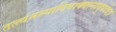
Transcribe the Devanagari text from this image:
तत्त्वमस्यादिवाक्यानामुपदेष्टा